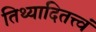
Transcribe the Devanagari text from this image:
तिथ्यादितत्त्वं